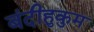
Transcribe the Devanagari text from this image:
बंदीहुकुम